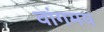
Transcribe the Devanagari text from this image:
वांगमय